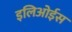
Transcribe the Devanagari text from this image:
इलिओईस